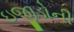
ઇજીડોની